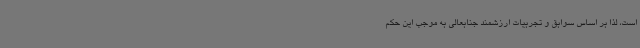
است، لذا بر اساس سوابق و تجربیات ارزشمند جنابعالی به موجب این حکم